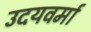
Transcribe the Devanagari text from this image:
उदयवर्मा